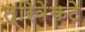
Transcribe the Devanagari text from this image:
त्रिवेंकटे